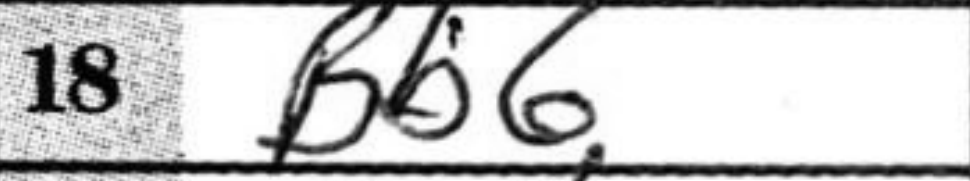
Transcription: Bb6